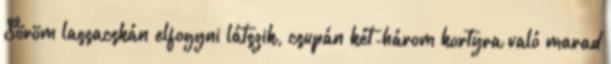
Söröm lassacskán elfogyni látszik, csupán két-három kortyra való marad